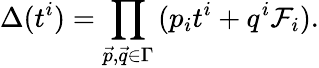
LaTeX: \Delta(t^{i})=\prod_{\vec{p},\vec{q}\in\Gamma}\, (p_{i}t^{i}+q^{i}\mathcal{F}_{i}).